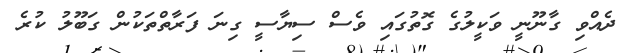
ދެއްވި ގާނޫނީ ވަކީލުގެ ގޮތުގައި ވެސް ސިޔާސީ ގިނަ ފަރާތްތަކުން ގަބޫލު ކުރެ